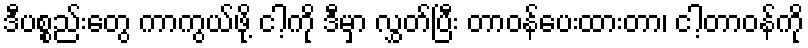
ဒီပစ္စည်းတွေ ကာကွယ်ဖို့ ငါ့ကို ဒီမှာ လွှတ်ပြီး တာဝန်ပေးထားတာ၊ ငါ့တာဝန်ကို